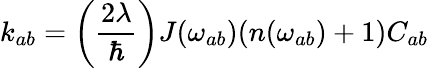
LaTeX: k_{ab}=\left(\frac{2\lambda}{\hbar}\right)J(\omega_{ab})(n(\omega_{ab})+1)C_{ab}